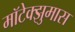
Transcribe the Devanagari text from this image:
मॉटेक्झुमास